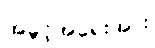
အခွင့်အရေးအား